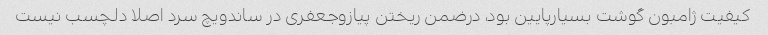
کیفیت ژامبون گوشت بسیارپایین بود، درضمن ریختن پیازوجعفری در ساندویچ سرد اصلا دلچسب نیست